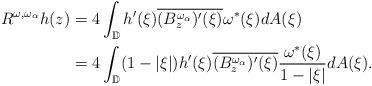
LaTeX: \begin{align*}R^{\omega,\omega_\alpha}h(z)&=4\int_{\mathbb{D}}h'(\xi)\overline{(B_z^{\omega_\alpha})'(\xi)}\omega^*(\xi)dA(\xi)\\&=4\int_{\mathbb{D}}(1-|\xi|)h'(\xi)\overline{(B_z^{\omega_\alpha})'(\xi)}\frac{\omega^*(\xi)}{1-|\xi|}dA(\xi).\end{align*}